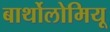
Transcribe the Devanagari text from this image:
बार्थोलोमियू